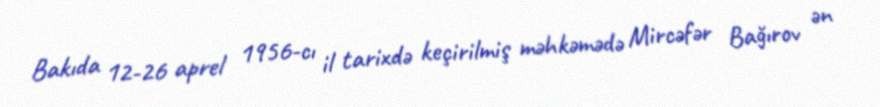
Bakıda 12-26 aprel 1956-cı il tarixdə keçirilmiş məhkəmədə Mircəfər Bağırov ən